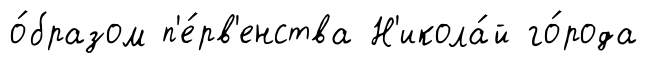
о́бразом п'е́рв'енства Н'икола́й го́рода